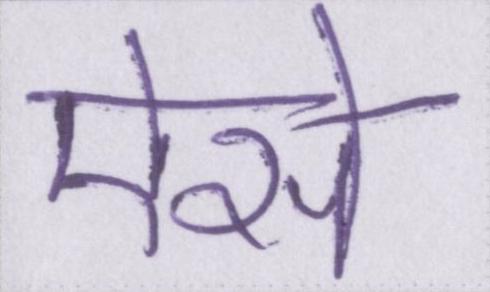
ऐसे